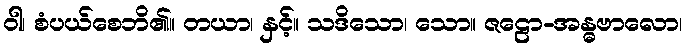
ဝါ၊ စံပယ်စေဘိ၏။ တယာ၊ နှင့်။ သဒိသော၊ သော။ ဇဠော-အန္ဓဗာလော၊